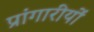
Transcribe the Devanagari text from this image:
प्रांगारीयों